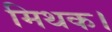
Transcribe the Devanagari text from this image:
मिथक।